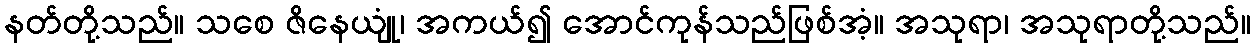
နတ်တို့သည်။ သစေ ဇိနေယျုံ၊ အကယ်၍ အောင်ကုန်သည်ဖြစ်အံ့။ အသုရာ၊ အသုရာတို့သည်။